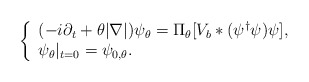
\begin{align*}\left\{\begin{array}{l}(-i\partial_t+\theta|\nabla|)\psi_\theta = \Pi_\theta[V_b*(\psi^\dagger\psi)\psi], \\\psi_\theta|_{t=0}=\psi_{0,\theta}.\end{array}\right.\end{align*}